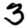
Digit: 3